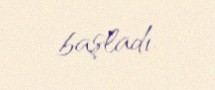
başladı.